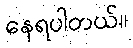
နေရပါတယ်။